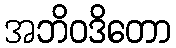
အဘိဝဒိတော